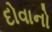
દોવાનો